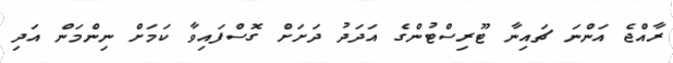
ރާއްޖެ އަންނަ ޗައިނާ ޓޫރިސްޓުންގެ އަދަދު ދަށަށް ގޮސްފައިވާ ކަމަށް ނިންމަން އަދި